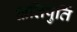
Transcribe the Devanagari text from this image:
क्षतिपुर्ति